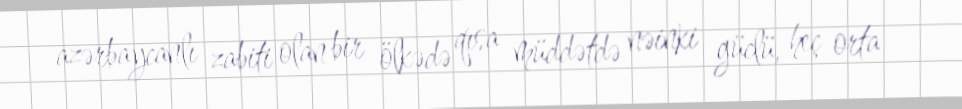
azərbaycanlı zabiti olan bir ölkədə qısa müddətdə nəinki güclü, heç orta